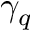
\gamma _ { q }